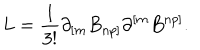
L = { \frac { 1 } { 3 ! } } \partial _ { [ m } B _ { n p ] } \partial ^ { [ m } B ^ { n p ] } .